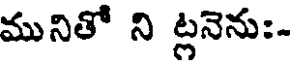
మునితో ని ట్లనెను:-